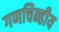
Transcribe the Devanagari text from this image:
गणचिन्हीय